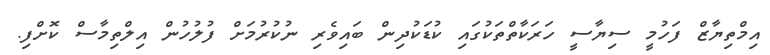
އިމްތިޔާޒް ފަހުމީ ސިޔާސީ ހަރަކާތްތަކުގައި ކުޑަކުދިން ބައިވެރި ނުކުރުމަށް ފުލުހުން އިލްތިމާސް ކޮށްފި.